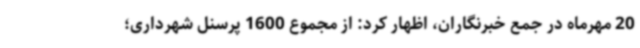
20 مهرماه در جمع خبرنگاران، اظهار کرد: از مجموع 1600 پرسنل شهرداری؛